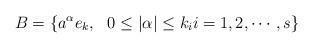
LaTeX: \begin{align*} B = \{ a^{\alpha}e_k, \ \ 0\leq |\alpha|\leq k_i i=1,2,\cdots,s\} \end{align*}